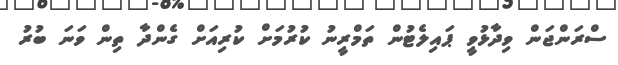
ސްރަންޖަން ވިދާޅުވީ ޕައިލެޓުން ތަމްރީނު ކުރުމަށް ކުރިއަށް ގެންދާ ތިން ވަނަ ބުރު